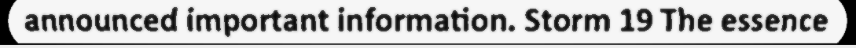
announced important information. Storm 19 The essence